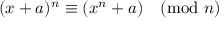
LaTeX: ( x + a ) ^ { n } \equiv ( x ^ { n } + a ) { \pmod { n } }